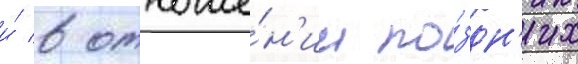
и́ в отноше́н'ии по́здн'их